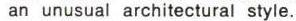
an unusual architectural style.